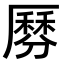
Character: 𠪺